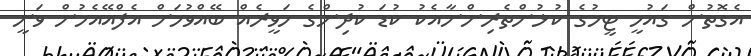
އެގޮތުން ގައުމީ ޓީމުގެ ކުޅުންތެރިންނާއެކު ކުޑަ ކުދިންގެ ހަވީރެއް ބޭއްވުމަށް އެފްއޭއެމުން ވަނީ